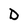
Character: D